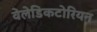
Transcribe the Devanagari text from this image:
वेलेडिकटोरियन